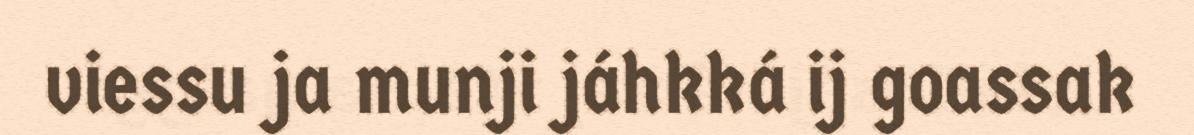
viessu ja munji jáhkká ij goassak